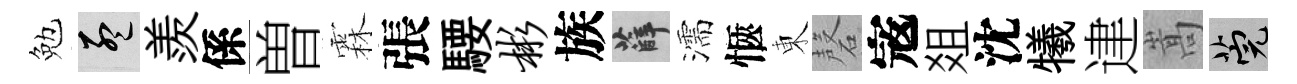
勉孟羨係曽霖張騕彬族薛濡愜東磬𡨥爼沈犧䢖嵩筦